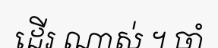
ដើរ ណាស់ ។ ចាំ